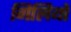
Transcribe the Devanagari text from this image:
गिलियो